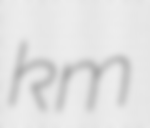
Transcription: km